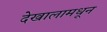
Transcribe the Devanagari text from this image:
देखालामधून